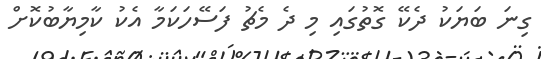
ގިނަ ބަޔަކު ދެކޭ ގޮތުގައި މި ދެ މެޗު ފަސޭހަކަމާ އެކު ކާމިޔާބުކޮށް